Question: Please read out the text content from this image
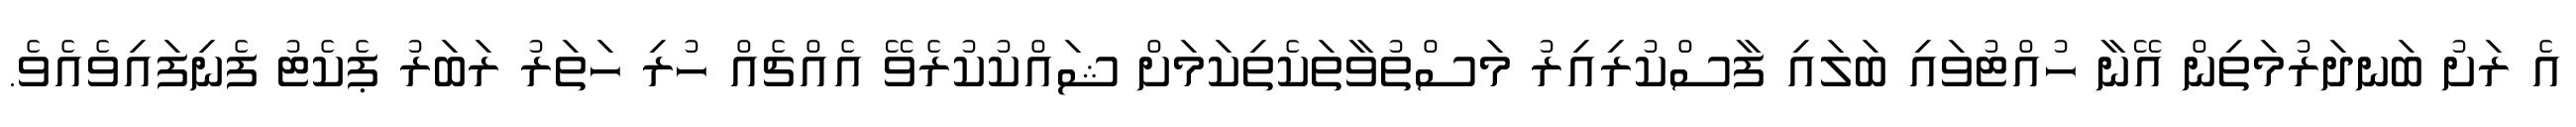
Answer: އެ ރަށު ބަނދަރުމަތިން އޭނާ ހުއްޓުވައި ބަލައި ފާސްކުރިއިރު މަސްތުވާތަކެތިކަމަށް ޝައްކުކުރެވޭ އެއްޗެއް ހުރި ހަތަރު ރަބަރު ޕެކެޓު ފެނިފައިވެއެވެ.